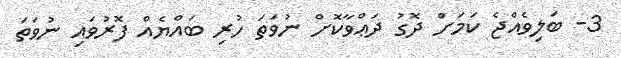
3- ބަލިވެއްޖެ ކަމަށް ދޮގު ދަޢްވާކޮށް ނުވަތަ ހުރި ބައްޔެއް ފޮރުވައި ނުވަތަ